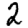
Digit: 2